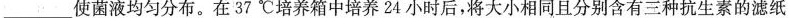
___使菌液均匀分布。在37℃培养箱中培养24小时后，将大小相同且分别含有三种抗生素的滤纸